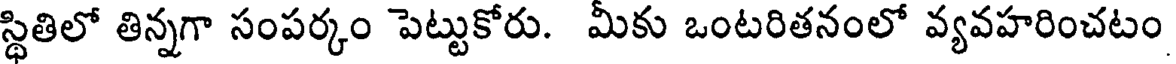
స్థితిలో తిన్నగా సంపర్కం పెట్టుకోరు. మీకు ఒంటరితనంలో వ్యవహరించటం